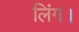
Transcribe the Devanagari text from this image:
लिंग।